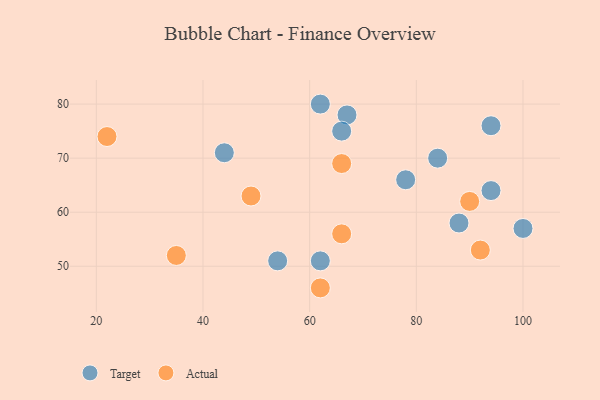
{"axis": {"x": "GDP", "y": "Life Expectancy"}, "legend": ["Actual", "Target"], "data": [{"x": "54", "y": 51, "type": "Target"}, {"x": "94", "y": 64, "type": "Target"}, {"x": "100", "y": 57, "type": "Target"}, {"x": "94", "y": 76, "type": "Target"}, {"x": "62", "y": 80, "type": "Target"}, {"x": "67", "y": 78, "type": "Target"}, {"x": "78", "y": 66, "type": "Target"}, {"x": "44", "y": 71, "type": "Target"}, {"x": "84", "y": 70, "type": "Target"}, {"x": "88", "y": 58, "type": "Target"}, {"x": "62", "y": 51, "type": "Target"}, {"x": "66", "y": 75, "type": "Target"}, {"x": "49", "y": 63, "type": "Actual"}, {"x": "92", "y": 53, "type": "Actual"}, {"x": "35", "y": 52, "type": "Actual"}, {"x": "90", "y": 62, "type": "Actual"}, {"x": "66", "y": 56, "type": "Actual"}, {"x": "62", "y": 46, "type": "Actual"}, {"x": "66", "y": 69, "type": "Actual"}, {"x": "22", "y": 74, "type": "Actual"}]}